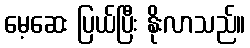
မေ့ဆေး ပြယ်ပြီး နိုးလာသည်။